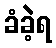
ခံခဲ့ရ